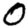
Digit: 0